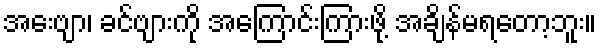
အေးဗျာ၊ ခင်ဗျားကို အကြောင်းကြားဖို့ အချိန်မရတော့ဘူး။